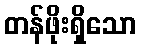
တန်ဖိုးရှိသော